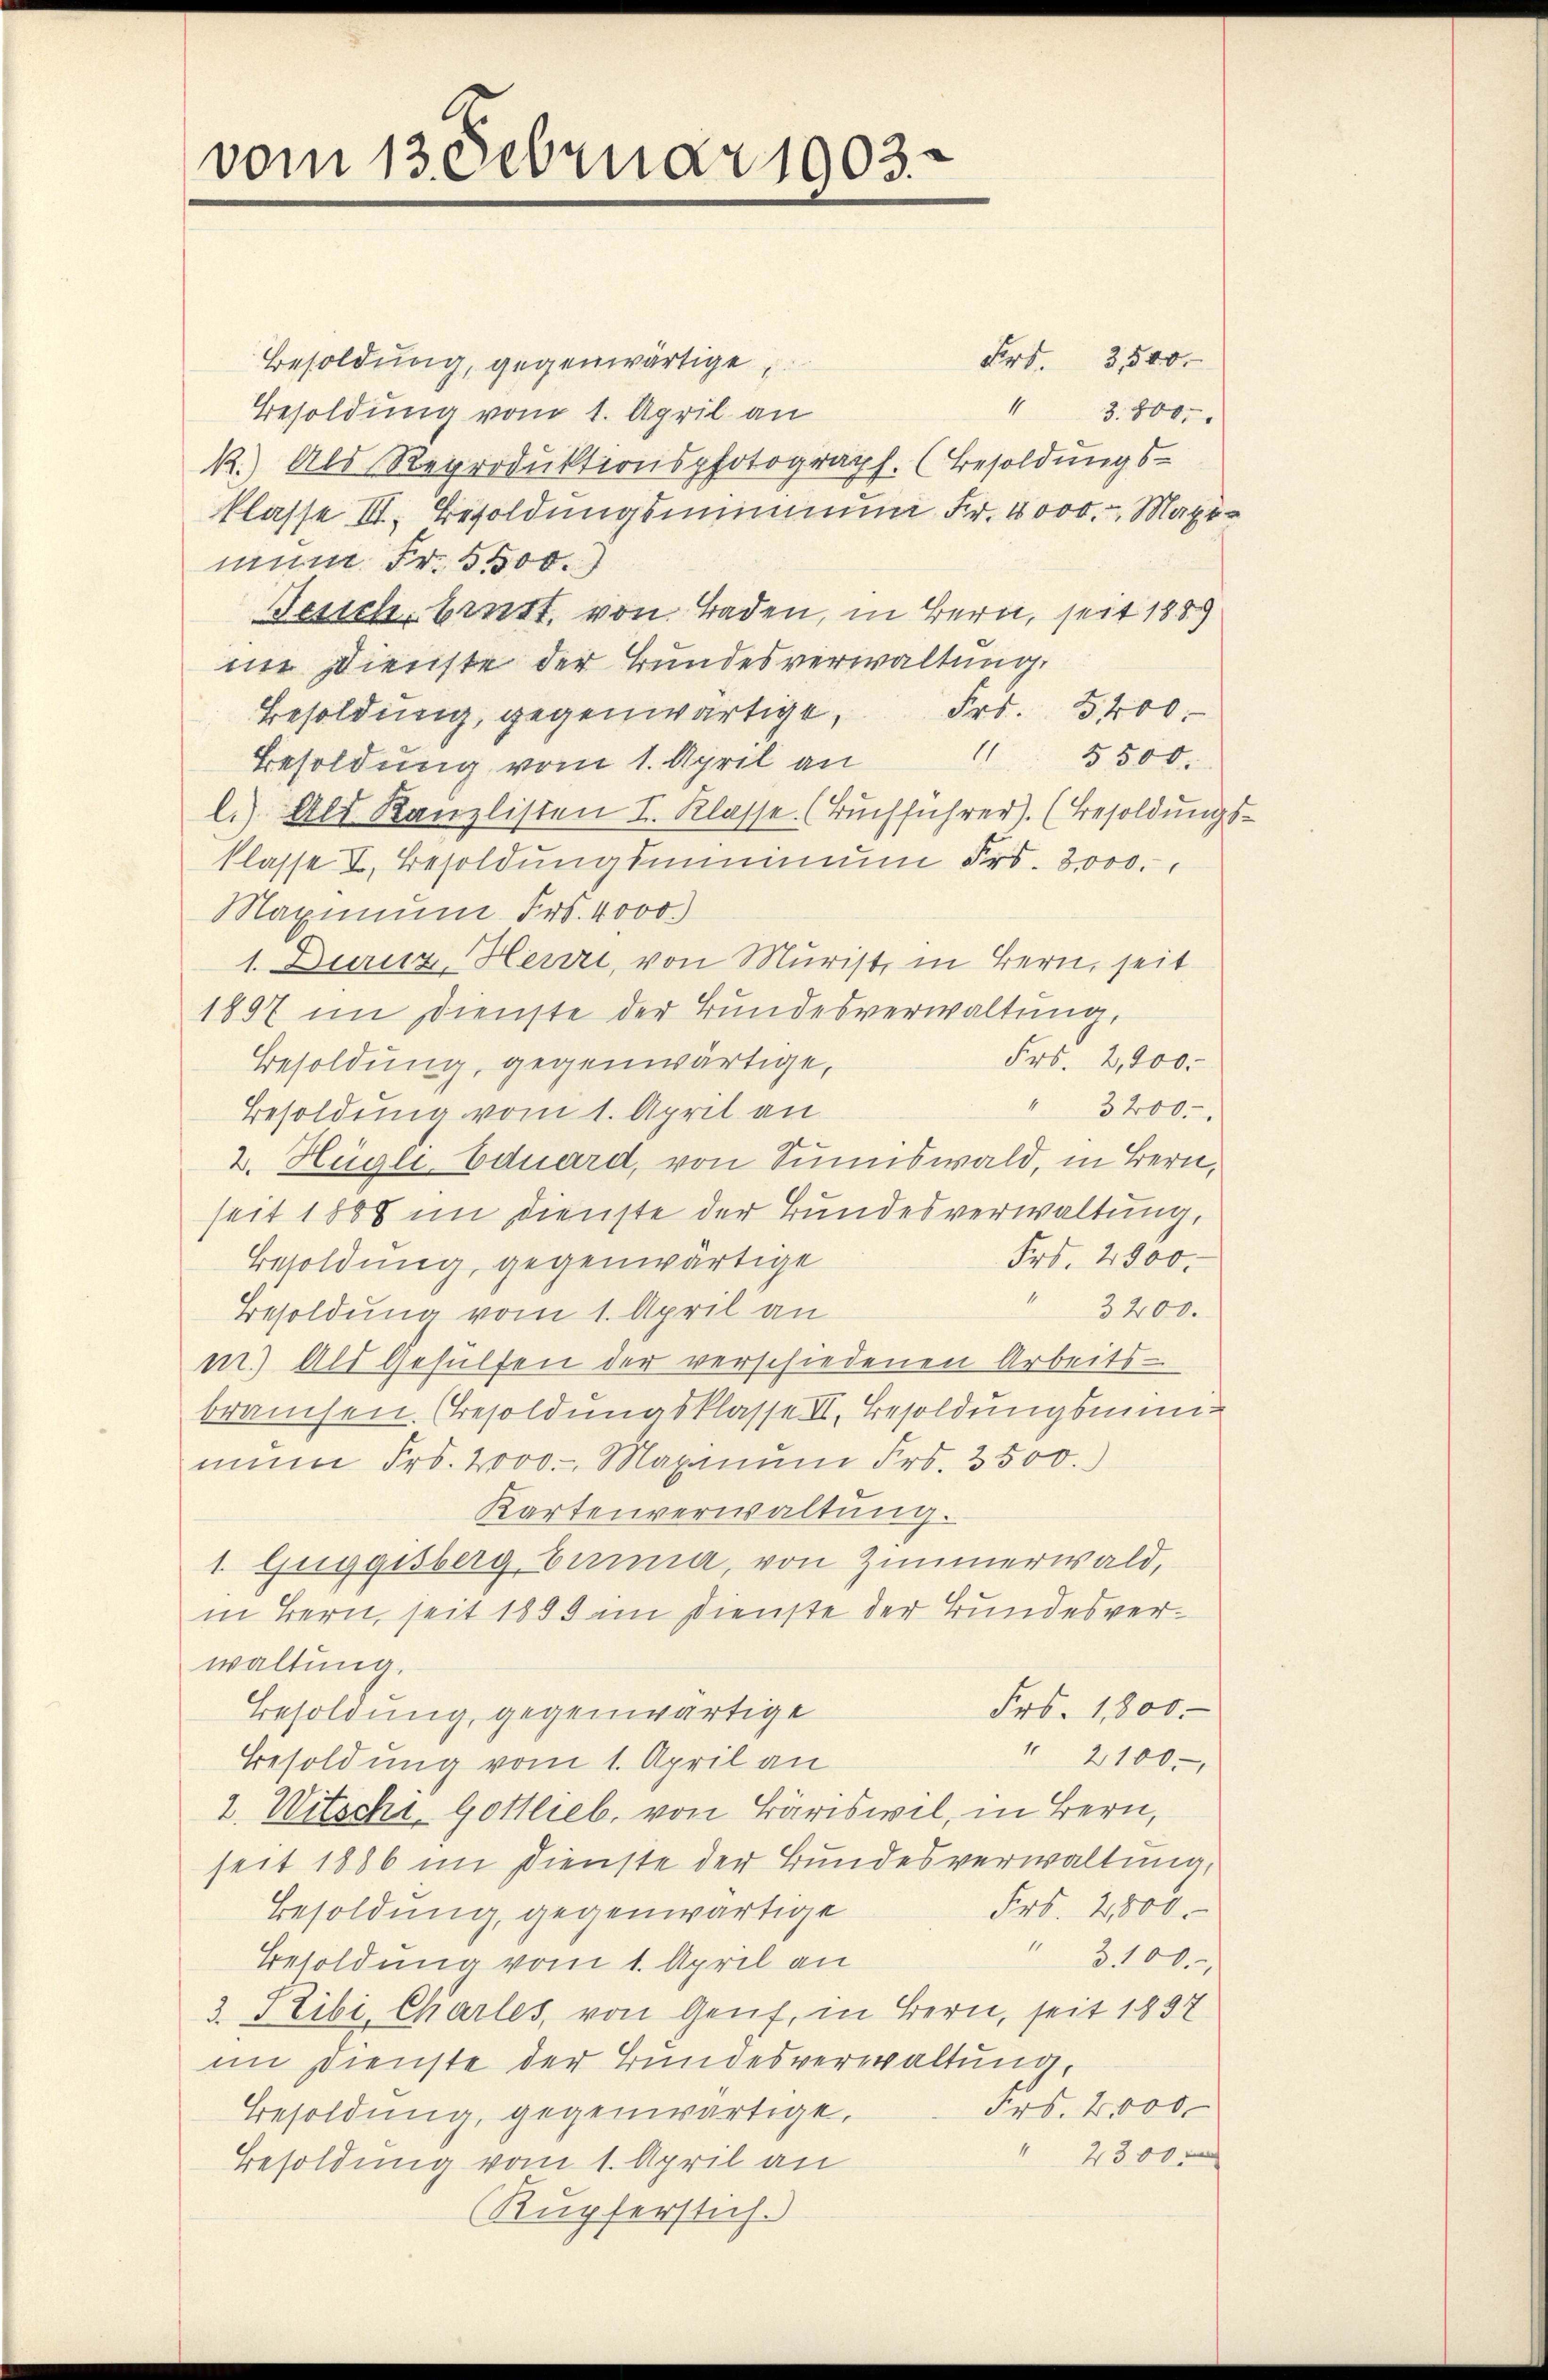
vom 13. Februar 1903.

Besoldung, gegenwärtige,
Besoldung vom 1. April an
13. 8000.
k.) Als Reproduktionsphotograph. (Besoldungs-
klasse II. Besoldungsminium Fr. 4000. Maxinum Fr. 5500.
Jesich bintt, von Baden, in Bern, seit 1889
nn Dienste der Bundesverwaltung.
Frs. 5400.
Besoldung, gegenwärtigt,
 5500.
Besoldung vom 1. April an
l.) Als Kanzlisten I. Klasse (Buchführer). (Besoldungs-
klasse I. Besoldŭngsminimum Frs. 3000.
Maximum Fr. 4000.
1. Durnz, Herr, von Murist in Bern, seit
1897 im Dienste der Bundesverwaltung,
Frs. 2,000.
Besoldung, gegenwärtige,
" 3200.
Besoldung vom 1. April an
2. Hügli-Eduard, von Sunswald, in Bern,
seit 1808 im Dienste der Bundesverwaltung,
Frd. 2900.
Besoldung, gegenwärtige
" 3200.
Besoldung vom 1. April an
m.) Als Gehülfen der verschiedenen Arbeits-
brauchen. (Besoldungsklasse III. Besoldungsminimum Fr. 2000. Maximum Fr. 3500.)
Kartenverwaltung.
1. Guggisberg bina, von Zimmerwald,
in Bern, seit 1889 im Dienste der Bundesverwaltung.
Frs. 1800.
Besoldung, gegenwärtige
11
2100.
Besoldung vom 1. April an
2. Witschr. Gottlieb. von Bäriswil, in Bern,
seit 1886 im Dienste der Bundesverwaltung,
Frs. 2800.
Besoldung, gegenwärtige
" 3100.
Besoldung vom 1. April an
3. Peibi, Charler, von Genf, in Bern, seit 1837
im Dienste der Bundesverwaltung,
Frs. 2,000
Besoldung, gegenwärtige,
 2300 m
Besoldung vom 1. April an
Rupferstich.

Art. 3,500.